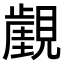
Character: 𧢏